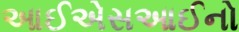
આઈએસઆઈનો